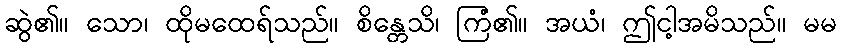
ဆွဲ၏။ သော၊ ထိုမထေရ်သည်။ စိန္တေသိ၊ ကြံ၏။ အယံ၊ ဤငါ့အမိသည်။ မမ